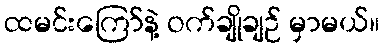
ထမင်းကြော်နဲ့ ဝက်ချိုချဉ် မှာမယ်။